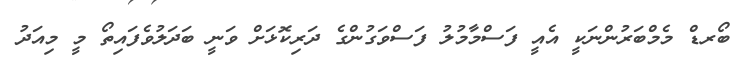
ބޯރޑް މެމްބަރުންނަކީ އެއީ ފަސްމާމުލު ފަސްވަގުންގެ ދަރިކޮޅަށް ވަނީ ބަދަލުވެފައިތޯ މީ މިއަދު